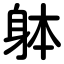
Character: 躰